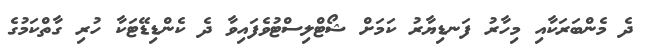
ދެ މެންބަރަކާއި މިހާރު ފަނޑިޔާރު ކަމަށް ޝޯޓްލިސްޓުވެފައިވާ ދެ ކެންޑިޑޭޓަކާ ހުރި ގާތްކަމުގެ